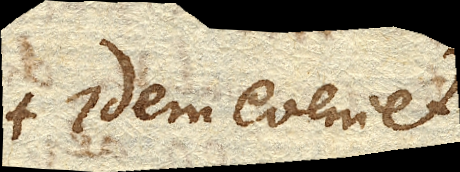
idem eveniet